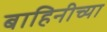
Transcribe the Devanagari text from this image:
बाहिनीच्या